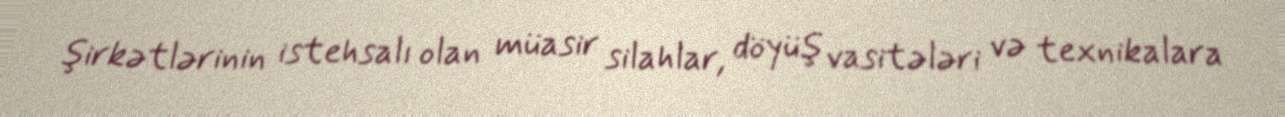
şirkətlərinin istehsalı olan müasir silahlar, döyüş vasitələri və texnikalara